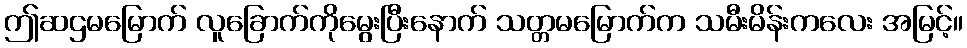
ဤဆဌမမြောက် လူခြောက်ကိုမွေးပြီးနောက် သတ္တမမြောက်က သမီးမိန်းကလေး အမြင့်။